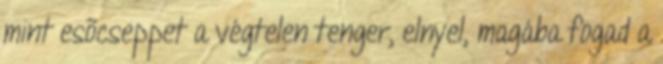
mint esõcseppet a végtelen tenger, elnyel, magába fogad a